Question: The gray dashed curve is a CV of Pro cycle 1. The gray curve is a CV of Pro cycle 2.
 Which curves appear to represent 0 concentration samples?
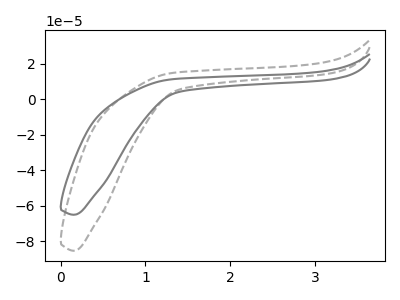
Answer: <think>The gray dashed curve "Pro cycle 1" has no peaks. The gray curve "Pro cycle 2" has no peaks.</think>
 <answer>"Pro cycle 1" and "Pro cycle 2" are likely to be blanks.</answer>
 <eval>"Pro cycle 1", "Pro cycle 2"</eval>